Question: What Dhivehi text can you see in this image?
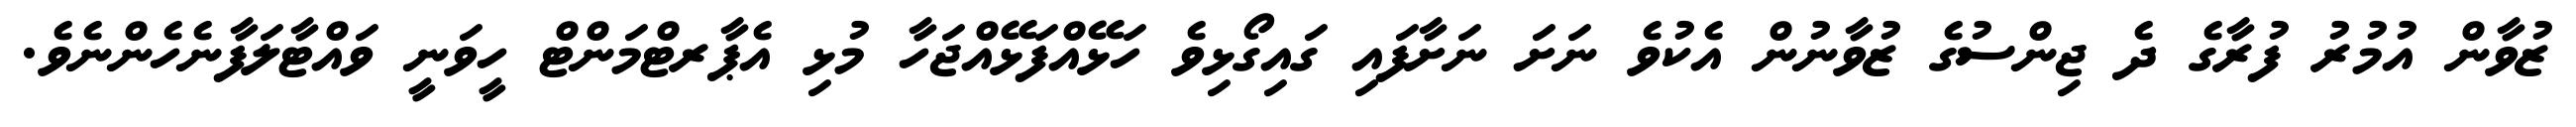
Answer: ޒުވާން އުމުރު ފުރާގެ ދެ ޖިންސުގެ ޒުވާނުން އެކުވެ ނަށަ ނަށާފައި ގައިގޯޅިވެ ހަޅޭއްފަޅޭއްޖަހާ މުޅި އެޕާރޓްމަންޓް ހީވަނީ ވައްޓާލަފާނެހެންނެވެ.